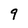
Character: 9